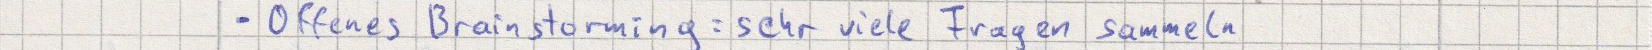
- Offenes Brainstorming: sehr viele Fragen sammeln